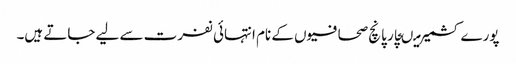
پورے کشمیر میںچار پانچ صحافیوں کے نام انتہائی نفرت سے لیے جاتے ہیں۔